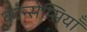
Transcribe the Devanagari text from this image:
कोन्सेप्सियॉँ